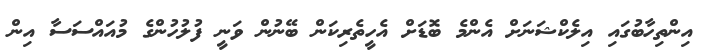
އިންތިހާބުގައި އިލެކްޝަނަށް އެންމެ ބޮޑަށް އެހީތެރިކަން ބޭނުން ވަނީ ފުލުހުންގެ މުއައްސަސާ އިން